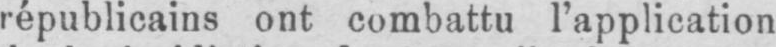
républicains ont combattu l’application